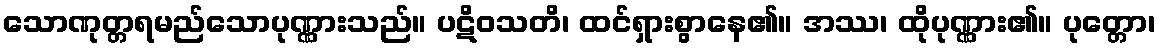
သောဏုတ္တရမည်သောပုဏ္ဏားသည်။ ပဋိဝသတိ၊ ထင်ရှားစွာနေ၏။ အဿ၊ ထိုပုဏ္ဏား၏။ ပုတ္တော၊